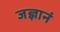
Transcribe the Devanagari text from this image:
जज्ञानं